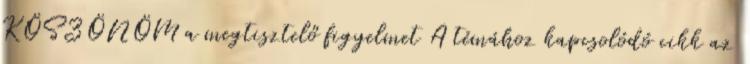
KÖSZÖNÖM a megtisztelő figyelmet A témához kapcsolódó cikk az